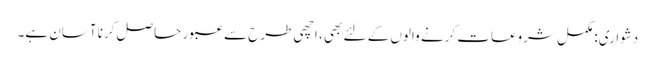
دشواری: مکمل شروعات کرنے والوں کے لئے بھی ، اچھی طرح سے عبور حاصل کرنا آسان ہے۔